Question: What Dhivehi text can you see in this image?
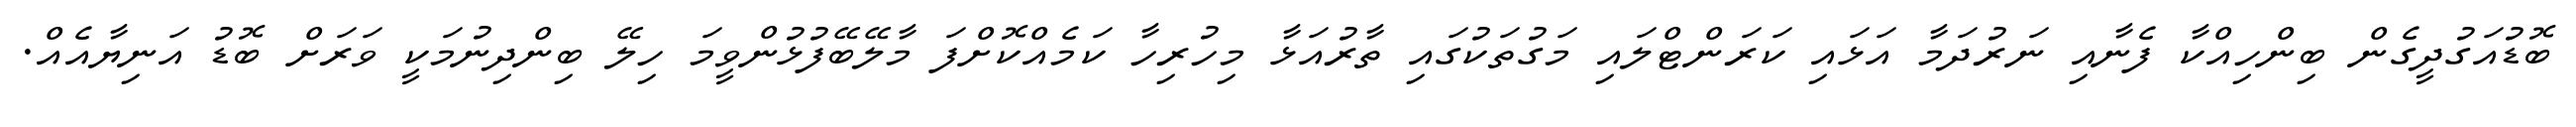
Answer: ބޮޑުއަގުދީގެން ބިންހިއްކާ ފެނާއި ނަރުދަމާ އަޅައި ކަރަންޓްލައި މަގުތަކުގައި ތާރުއަޅާ މިހުރިހާ ކަމެއްކޮށްފަ މާލޭބޭފުޅުންވީމަ ހިލޭ ބިންދިނުމަކީ ވަރަށް ބޮޑު އަނިޔާއެއް.